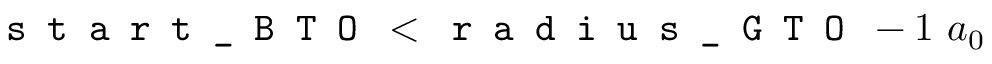
\texttt { s t a r t \_ B T O } < \texttt { r a d i u s \_ G T O } - 1 \ a _ { 0 }